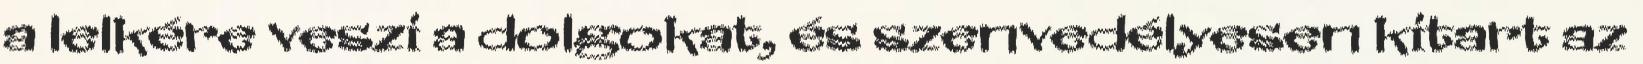
a lelkére veszi a dolgokat, és szenvedélyesen kitart az